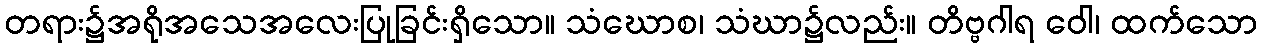
တရား၌အရိုအသေအလေးပြုခြင်းရှိသော။ သံဃောစ၊ သံဃာ၌လည်း။ တိဗ္ဗဂါရ ဝေါ၊ ထက်သော